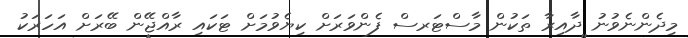
މިދެންނެވުނު ދާއިރާ ތަކުން މާސްޓަރސް ފެންވަރަށް ކިޔެވުމަށް ޓަކައި ރާއްޖޭން ބޭރަށް އަހަރަކު